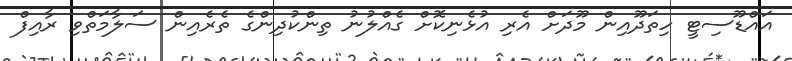
އައްޑޫސިޓީ ހިތަދޫއިން މޫދަށް އެރި އުޅެނިކޮށް ގެއްލުނު ތިންކުދިންގެ ތެރެއިން ސަލާމަތްވި ރާއިފް